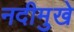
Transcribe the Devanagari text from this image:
नदीमुखे